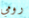
رومي